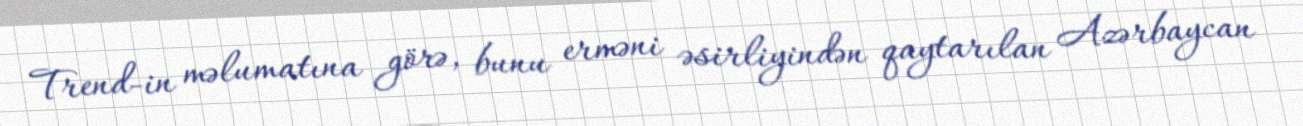
Trend-in məlumatına görə, bunu erməni əsirliyindən qaytarılan Azərbaycan